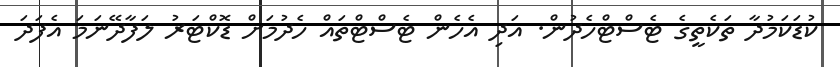
ކުޑަކަމުދާ ތަކެތީގެ ޓެސްޓްހެދުން. އަދި އެހެން ޓެސްޓްތައް ހެދުމަށް ޑޮކްޓަރު ލަފާދޭނަމަ އެފަދަ